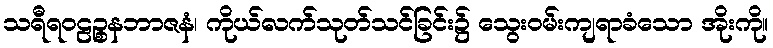
သရီရဝဠဉ္စနဘာဇနံ၊ ကိုယ်လက်သုတ်သင်ခြင်း၌ သွေးဝမ်းကျရာခံသော အိုးကို။